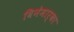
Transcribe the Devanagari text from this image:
विनेमार्का